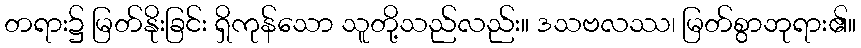
တရား၌ မြတ်နိုးခြင်း ရှိကုန်သော သူတို့သည်လည်း။ ဒသဗလဿ၊ မြတ်စွာဘုရား၏။